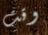
وقت